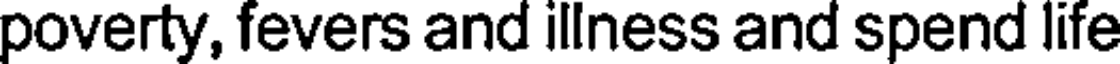
poverty, fevers and illness and spend life